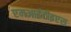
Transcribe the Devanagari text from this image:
एमआईटीइएस